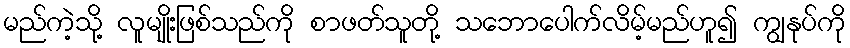
မည်ကဲ့သို့ လူမျိုးဖြစ်သည်ကို စာဖတ်သူတို့ သဘောပေါက်လိမ့်မည်ဟူ၍ ကျွနုပ်ကို